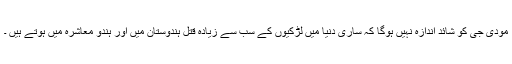
مودی جی کو شائد اندازہ نہیں ہوگا کہ ساری دنیا میں لڑکیوں کے سب سے زیادہ قتل ہندوستان میں اور ہندو معاشرہ میں ہوتے ہیں ۔